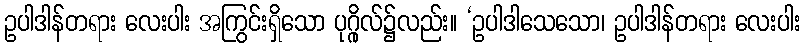
ဥပါဒါန်တရား လေးပါး အကြွင်းရှိသော ပုဂ္ဂိုလ်၌လည်း။ ‘ဥပါဒါသေသော၊ ဥပါဒါန်တရား လေးပါး